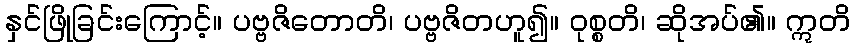
နှင်ဖြိုခြင်းကြောင့်။ ပဗ္ဗဇိတောတိ၊ ပဗ္ဗဇိတဟူ၍။ ဝုစ္စတိ၊ ဆိုအပ်၏။ ဣတိ